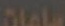
سلماة